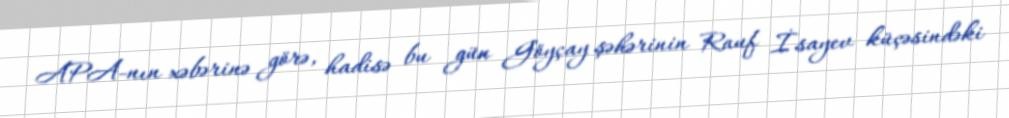
APA-nın xəbərinə görə, hadisə bu gün Göyçay şəhərinin Rauf İsayev küçəsindəki